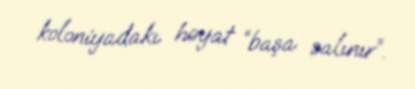
koloniyadakı həyat “başa salınır”.